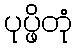
ပုပ္ဖိတုံ